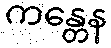
ကန္တေန